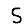
Digit: 5